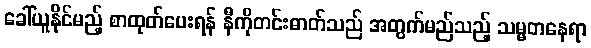
ခေါ်ယူနိုင်မည့် စာထုတ်ပေးရန် နီကိုတင်းဓာတ်သည် အတွက်မည်သည့် သမ္မတနေရာ